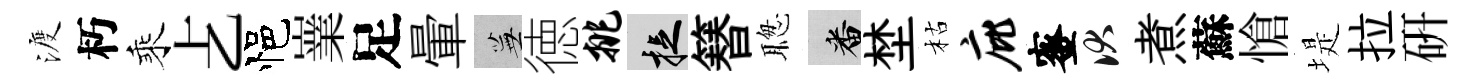
渡朽乘𠧒悒嶪足暈蕪徳挑捉簮聦番埜枯庇蜜伏煮蘇愴堤拉硏